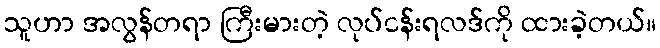
သူဟာ အလွန်တရာ ကြီးမားတဲ့ လုပ်ငန်းရလဒ်ကို ထားခဲ့တယ်။